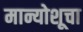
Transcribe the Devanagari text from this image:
मान्योशूचा